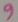
Text: 9